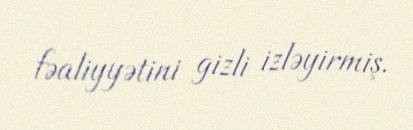
fəaliyyətini gizli izləyirmiş.